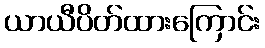
ယာယီပိတ်ထားကြောင်း